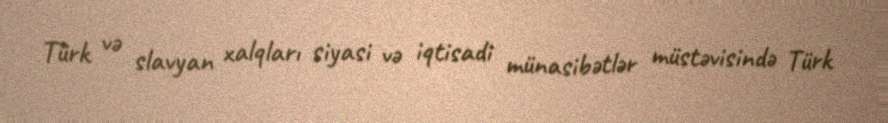
Türk və slavyan xalqları siyasi və iqtisadi münasibətlər müstəvisində Türk